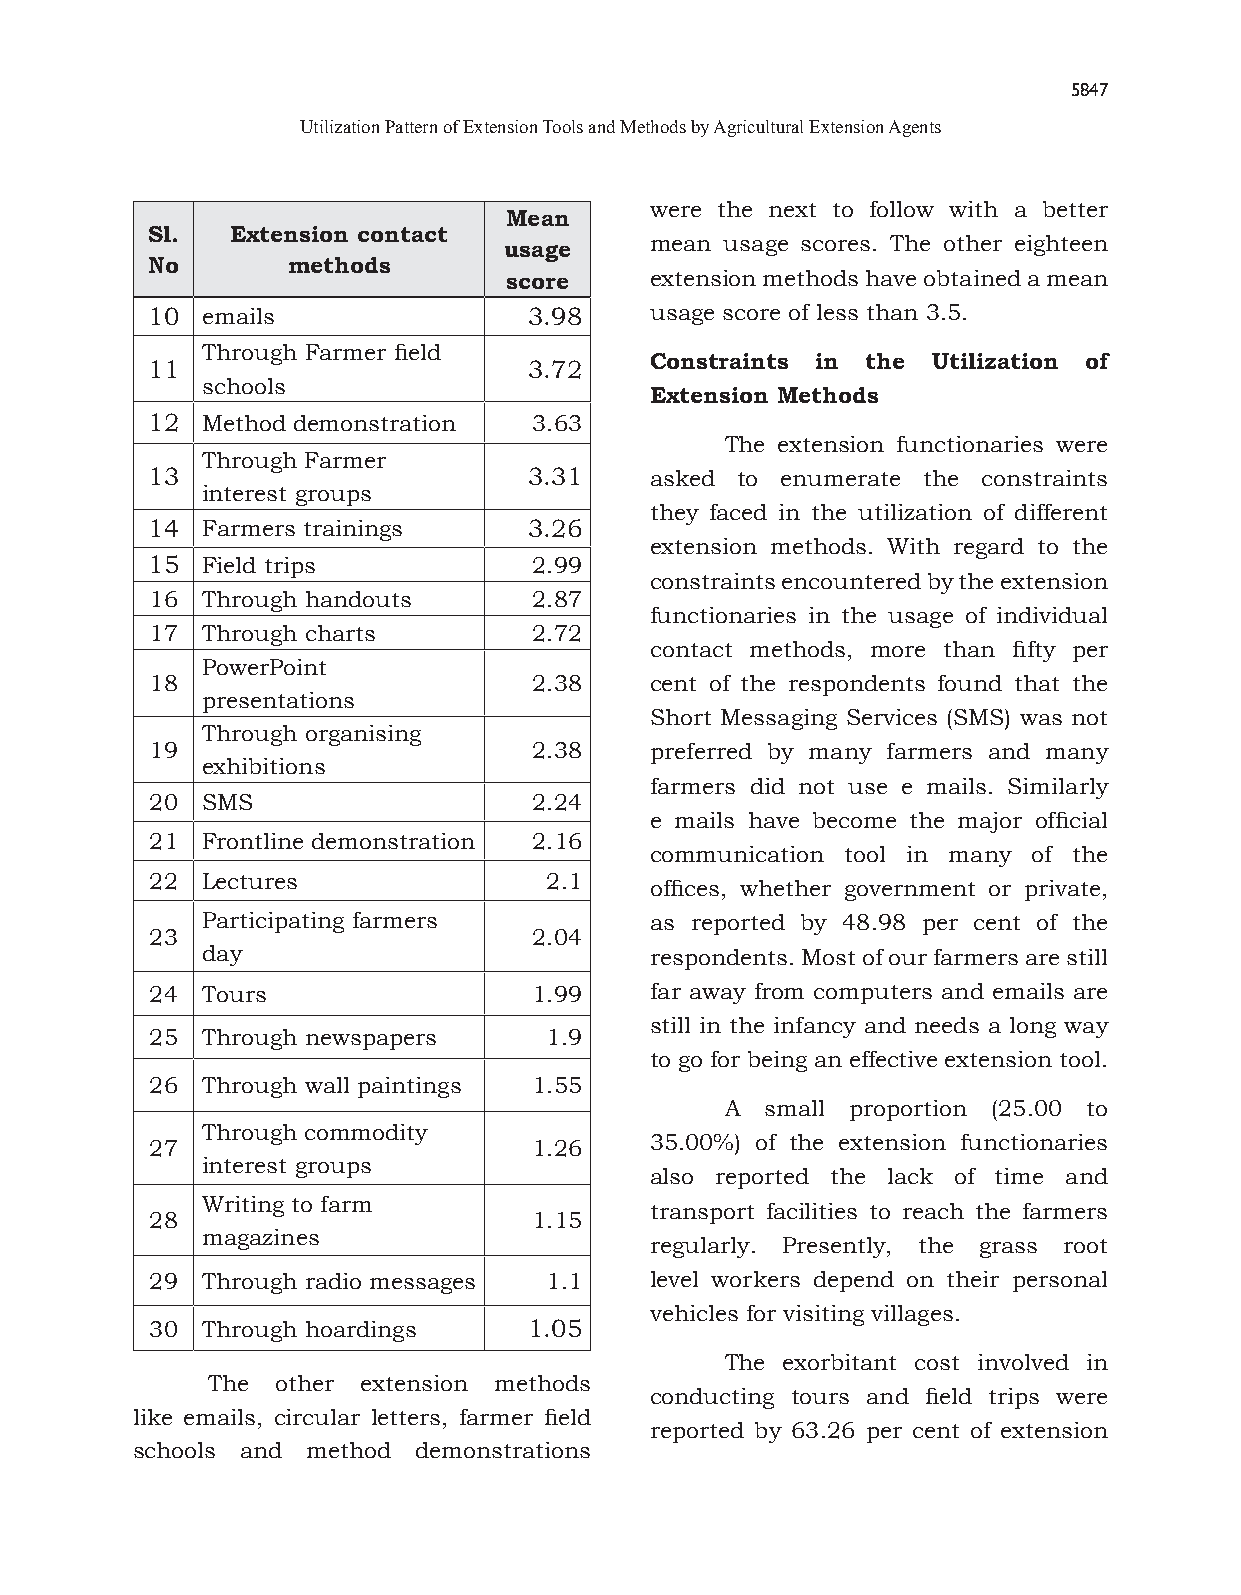
5847
 Utilization Pattern of Extension Tools and Methods by Agricultural Extension Agents
 were the next to follow with a better
 Mean
 Sl.  Extension contact
 mean usage scores. The other eighteen
 usage
 No       methods
 score     extension methods have obtained a mean
 10 emails                3.98    usage score of less than 3.5.
 Through Farmer field
 Constraints in the Utilization of
 11                       3.72
 schools
 Extension Methods
 12 Method demonstration  3.63
 The extension functionaries were
 Through Farmer
 13                       3.31    asked to enumerate the constraints
 interest groups
 they faced in the utilization of different
 14 Farmers trainings     3.26
 extension methods. With regard to the
 15 Field trips           2.99
 constraints encountered by the extension
 16 Through handouts      2.87
 functionaries in the usage of individual
 17 Through charts        2.72
 contact methods, more than fifty per
 PowerPoint
 18                       2.38    cent of the respondents found that the
 presentations
 Short Messaging Services (SMS) was not
 Through organising
 19                       2.38    preferred by many farmers and many
 exhibitions
 farmers did not use e mails. Similarly
 20 SMS                   2.24
 e mails have become the major official
 21 Frontline demonstration 2.16
 communication tool in many of the
 22 Lectures               2.1
 offices, whether government or private,
 Participating farmers         as reported by 48.98 per cent of the
 23                       2.04
 day                           respondents. Most of our farmers are still
 24 Tours                 1.99    far away from computers and emails are
 still in the infancy and needs a long way
 25 Through newspapers     1.9
 to go for being an effective extension tool.
 26 Through wall paintings 1.55
 A  small proportion (25.00 to
 Through commodity
 27                       1.26    35.00%) of the extension functionaries
 interest groups
 also reported the lack of time and
 Writing to farm
 transport facilities to reach the farmers
 28                       1.15
 magazines
 regularly. Presently, the grass root
 29 Through radio messages 1.1    level workers depend on their personal
 vehicles for visiting villages.
 30 Through hoardings     1.05
 The exorbitant cost involved in
 The other extension methods
 conducting tours and field trips were
 like emails, circular letters, farmer field
 reported by 63.26 per cent of extension
 schools and method demonstrations